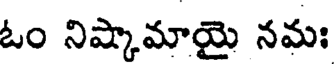
ఓం నిష్కామాయై నమః